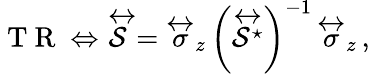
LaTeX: \mathrm{~T~R~}\Leftrightarrow\, \stackrel{\leftrightarrow}{\mathcal{S}}=\stackrel{\leftrightarrow}{\sigma}_{z}\, \left(\stackrel{\leftrightarrow}{\mathcal{S}^{\star}}\right)^{-1}\, \stackrel{\leftrightarrow}{\sigma}_{z}\, ,